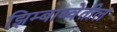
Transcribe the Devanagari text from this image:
झिम्बाब्वेतील